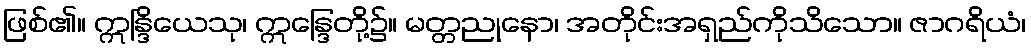
ဖြစ်၏။ ဣန္ဒြိယေသု၊ ဣန္ဒြေတို့၌။ မတ္တညုနော၊ အတိုင်းအရှည်ကိုသိသော။ ဇာဂရိယံ၊